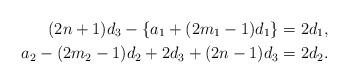
LaTeX: \begin{align*}(2n+1)d_3 -\{a_1+(2m_1-1)d_1\}&=2d_1,\\a_2-(2m_2-1)d_2+2d_3+ (2n-1)d_3&=2d_2. \end{align*}